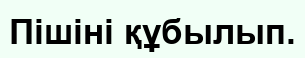
Пiшiнi құбылып.